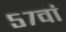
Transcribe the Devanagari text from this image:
५७वां